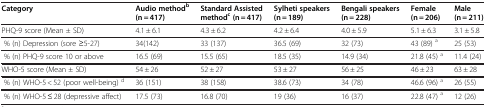
<table><thead><tr><td><b>Category</b></td><td><b>Audio method<sup>b</sup>(n = 417)</b></td><td><b>Standard Assisted method<sup>c</sup>(n = 417)</b></td><td><b>Sylheti speakers (n = 189)</b></td><td><b>Bengali speakers (n = 228)</b></td><td><b>Female (n = 206)</b></td><td><b>Male (n = 211)</b></td></tr></thead><tbody><tr><td>PHQ-9 score (Mean ± SD)</td><td>4.1 ± 6.1</td><td>4.3 ± 6.2</td><td>4.2 ± 6.4</td><td>4.0 ± 5.9</td><td>5.1 ± 6.3</td><td>3.1 ± 5.8</td></tr><tr><td> % (n) Depression (sore ≥5-27)</td><td>34(142)</td><td>33 (137)</td><td>36.5 (69)</td><td>32 (73)</td><td>43 (89) <sup>a</sup></td><td>25 (53)</td></tr><tr><td> % (n) PHQ-9 score 10 or above</td><td>16.5 (69)</td><td>15.5 (65)</td><td>18.5 (35)</td><td>14.9 (34)</td><td>21.8 (45) <sup>a</sup></td><td>11.4 (24)</td></tr><tr><td>WHO-5 score (Mean ± SD)</td><td>54 ± 26</td><td>52 ± 27</td><td>53 ± 27</td><td>56 ± 25</td><td>46 ± 23</td><td>63 ± 28</td></tr><tr><td> % (n) WHO-5 &lt; 52 (poor well-being) <sup>d</sup></td><td>36 (151)</td><td>38 (158)</td><td>38.6 (73)</td><td>34 (78)</td><td>46.6 (96) <sup>a</sup></td><td>26 (55)</td></tr><tr><td> % (n) WHO-5 ≤ 28 (depressive affect)</td><td>17.5 (73)</td><td>16.8 (70)</td><td>19 (36)</td><td>16 (37)</td><td>22.8 (47) <sup>a</sup></td><td>12 (26)</td></tr></tbody></table>